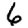
Digit: 6